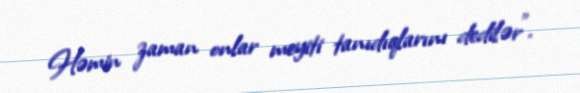
Həmin zaman onlar meyiti tanıdıqlarını dedilər”.